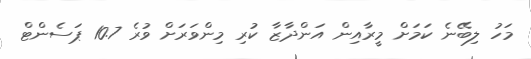
މަހު ލިބޭނެ ކަމަށް މީރާއިން އަންދާޒާ ކުރި މިންވަރަށް ވުރެ 10.7 ޕަސެންޓް